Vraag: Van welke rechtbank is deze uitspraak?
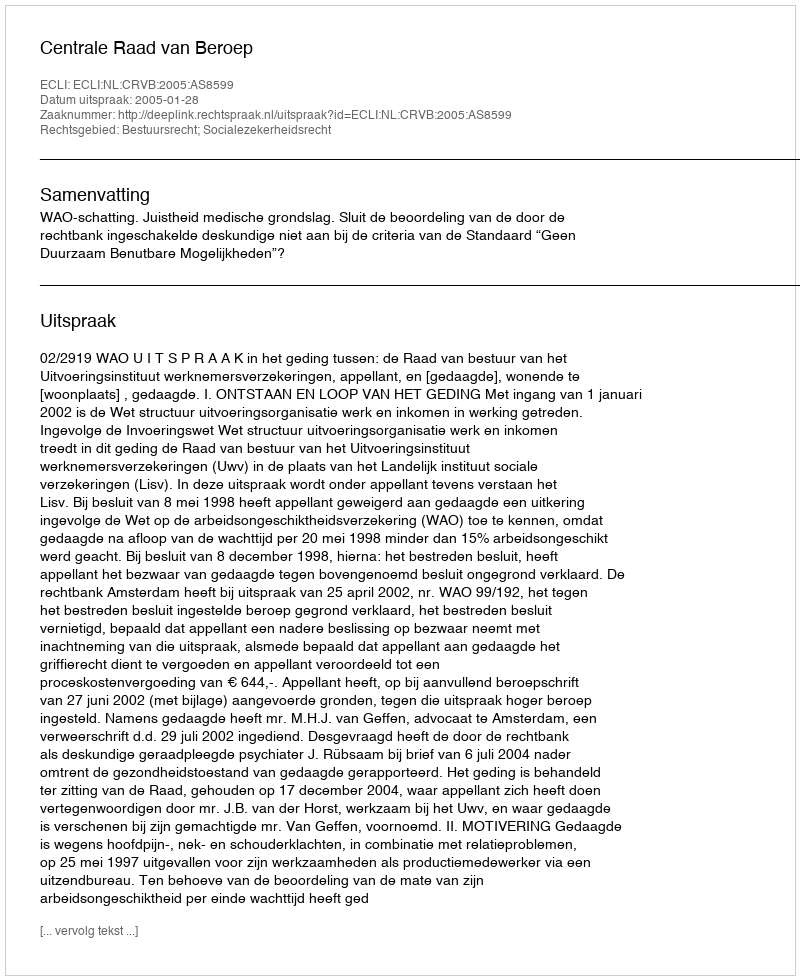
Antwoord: Centrale Raad van Beroep